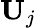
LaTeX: \mathbf{{U}}_{j}